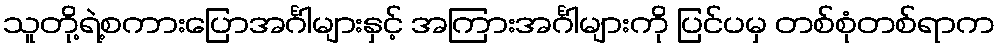
သူတို့ရဲ့စကားပြောအင်္ဂါများနှင့် အကြားအင်္ဂါများကို ပြင်ပမှ တစ်စုံတစ်ရာက